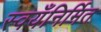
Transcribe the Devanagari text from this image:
स्वयँनिर्मित